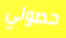
حصولي